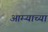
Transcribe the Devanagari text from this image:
आग्ऱ्याच्या